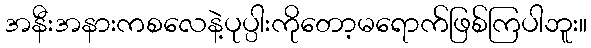
အနီးအနားကစလေနဲ့ပုပ္ပါးကိုတော့မရောက်ဖြစ်ကြပါဘူး။